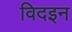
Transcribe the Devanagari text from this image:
विदइन